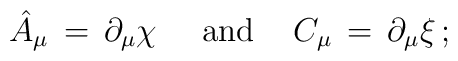
\hat{A}_\mu \, = \, \partial_\mu \chi \,  \hspace{0.5cm} \mbox{and} \hspace{0.5cm} C_\mu \, = \, \partial_\mu \xi \, ;